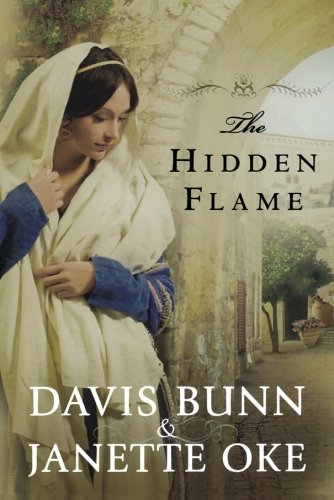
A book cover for The Hidden Flame (Acts of Faith, Book 2); Janette Oke; Religion & Spirituality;